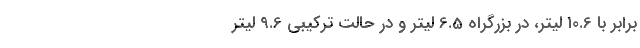
برابر با 10.6 لیتر، در بزرگراه 6.5 لیتر و در حالت ترکیبی 9.6 لیتر